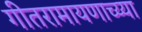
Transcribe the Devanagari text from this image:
गीतरामायणाच्य्या